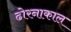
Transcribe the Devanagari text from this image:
ढोरनाकाल